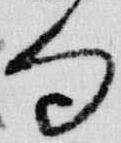
句